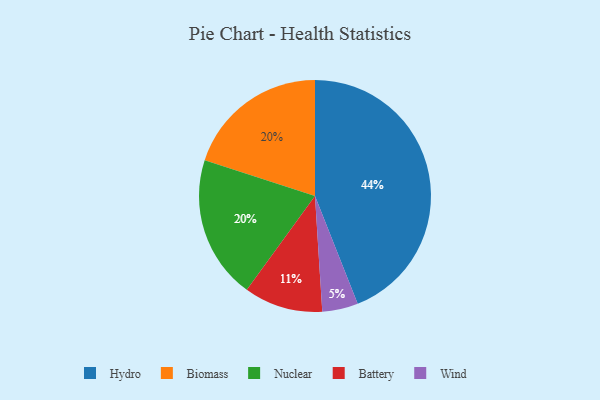
{"axis": {"x": "Category", "y": "Percentage"}, "legend": ["Battery", "Biomass", "Hydro", "Nuclear", "Wind"], "data": [{"x": "Wind", "y": 5, "type": "Wind"}, {"x": "Biomass", "y": 20, "type": "Biomass"}, {"x": "Hydro", "y": 44, "type": "Hydro"}, {"x": "Nuclear", "y": 20, "type": "Nuclear"}, {"x": "Battery", "y": 11, "type": "Battery"}]}